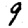
Digit: 9